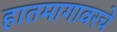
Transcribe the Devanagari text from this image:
हातमागावरचे